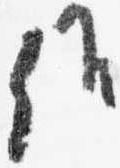
候